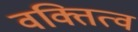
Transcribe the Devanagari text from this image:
वक्तित्व